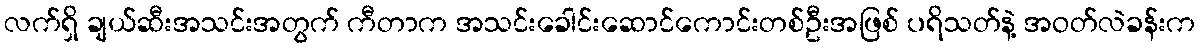
လက်ရှိ ချယ်ဆီးအသင်းအတွက် ကီတာက အသင်းခေါင်းဆောင်ကောင်းတစ်ဦးအဖြစ် ပရိသတ်နဲ့ အဝတ်လဲခန်းက